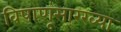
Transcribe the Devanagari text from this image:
विषाणूंसारख्या